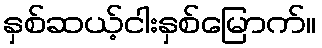
နှစ်ဆယ့်ငါးနှစ်မြောက်။